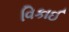
વિકાઈ